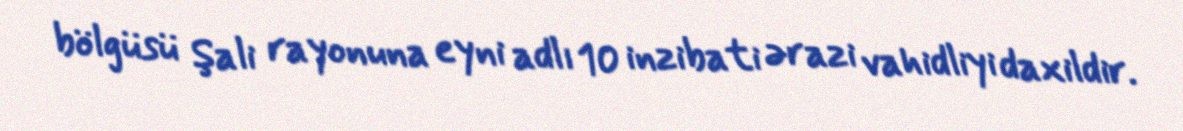
bölgüsü Şali rayonuna eyni adlı 10 inzibati ərazi vahidliyi daxildir.